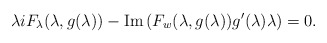
\begin{align*}\lambda i F_{\lambda}(\lambda,g(\lambda))-\mbox{Im}\left(F_w(\lambda,g(\lambda))g'(\lambda)\lambda\right)=0.\end{align*}